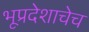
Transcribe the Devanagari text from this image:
भूप्रदेशाचेच